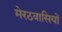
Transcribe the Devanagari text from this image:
मेरठवासियों